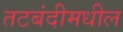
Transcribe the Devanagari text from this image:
तटबंदीमधील